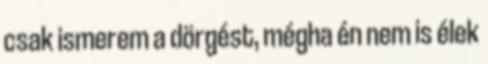
csak ismerem a dörgést, mégha én nem is élek